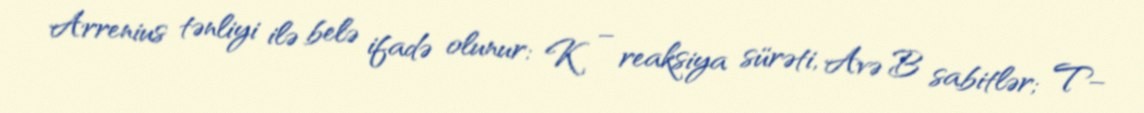
Arrenius tənliyi ilə belə ifadə olunur: K – reaksiya sürəti, Avə B sabitlər; T–